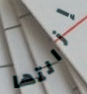
إزالتها